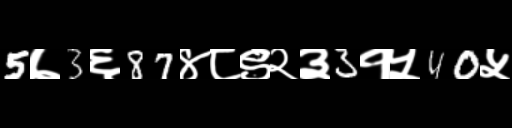
Text: 5७3६87४८९२३3१५40५